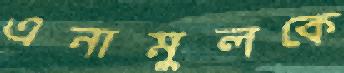
এনামুলকে